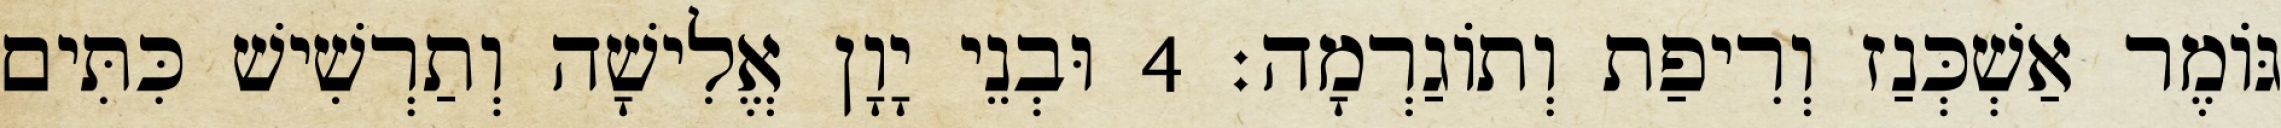
גּוֹמֶר אַשְׁכְּנַז וְרִיפַת וְתוֹגַרְמָה׃ 4 וּבְנֵי יָוָן אֱלִישָׁה וְתַרְשִׁישׁ כִּתִּים